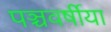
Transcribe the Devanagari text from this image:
पञ्चवर्षीया